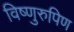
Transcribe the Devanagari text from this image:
विष्णुरुपिण